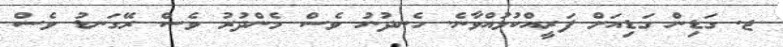
ޖ. ގަޑިން ގަޑިއަށް ފަރީއްކުޅުއްވާނެ. ހެނދުނު ވެސް މެންދުރު ވެސް ރޭގަނޑު ވެސް